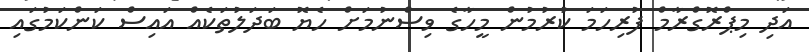
އަދި މިޕްރޮގްރާމް ފުރިހަމަ ކުރުމުން މީހާގެ ވިސްނުމަށް ހެޔޮ ބަދަލުތަކެއް އައިސް ކަންކަމުގައި